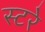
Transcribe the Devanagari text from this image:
स्टरे